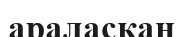
араласкан